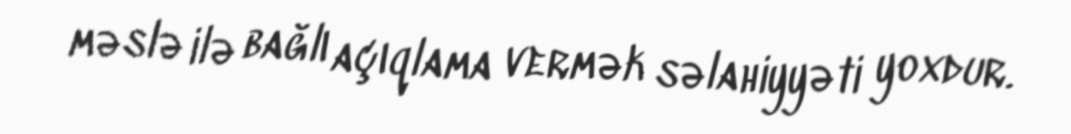
məslə ilə bağlı açıqlama vermək səlahiyyəti yoxdur.